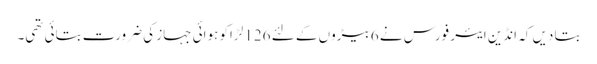
بتا دیں کہ انڈین ایئر فورس نے 6 بیڑوں کے لئے 126 لڑاکو ہوائی جہاز کی ضرورت بتائی تھی۔